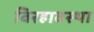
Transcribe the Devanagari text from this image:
विरहावस्था